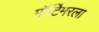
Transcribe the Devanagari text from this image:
मॉर्टिमरला